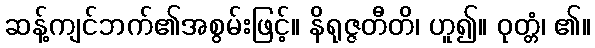
ဆန့်ကျင်ဘက်၏အစွမ်းဖြင့်။ နိရုဇ္ဇတီတိ၊ ဟူ၍။ ဝုတ္တံ၊ ၏။